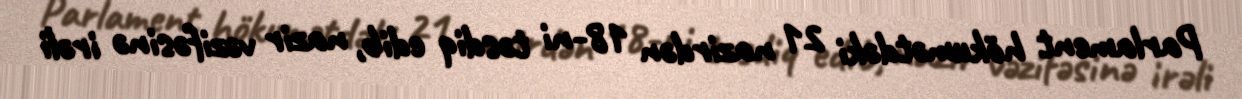
Parlament hökumətdəki 21 nazirdən 18-ni təsdiq edib, nazir vəzifəsinə irəli